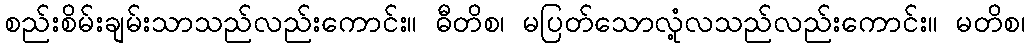
စည်းစိမ်းချမ်းသာသည်လည်းကောင်း။ ဓီတိစ၊ မပြတ်သောလုံ့လသည်လည်းကောင်း။ မတိစ၊